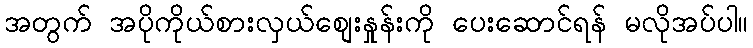
အတွက် အပိုကိုယ်စားလှယ်စျေးနှုန်းကို ပေးဆောင်ရန် မလိုအပ်ပါ။